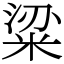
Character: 粱